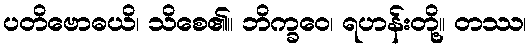
ပတိဗောဓယိ၊ သိစေ၏။ ဘိက္ခဝေ၊ ရဟန်းတို့။ တဿ၊